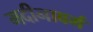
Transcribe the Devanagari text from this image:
मदीनावर्म